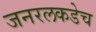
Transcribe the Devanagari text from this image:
जनरलकडेच